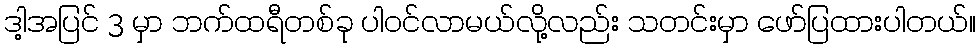
ဒါ့အပြင် 3 မှာ ဘက်ထရီတစ်ခု ပါဝင်လာမယ်လို့လည်း သတင်းမှာ ဖော်ပြထားပါတယ်။